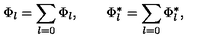
\Phi _ { l } = \sum _ { l = 0 } \Phi _ { l } , \qquad \Phi _ { l } ^ { \ast } = \sum _ { l = 0 } \Phi _ { l } ^ { \ast } ,